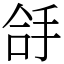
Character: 㧱